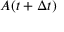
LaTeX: A ( t + \Delta t )